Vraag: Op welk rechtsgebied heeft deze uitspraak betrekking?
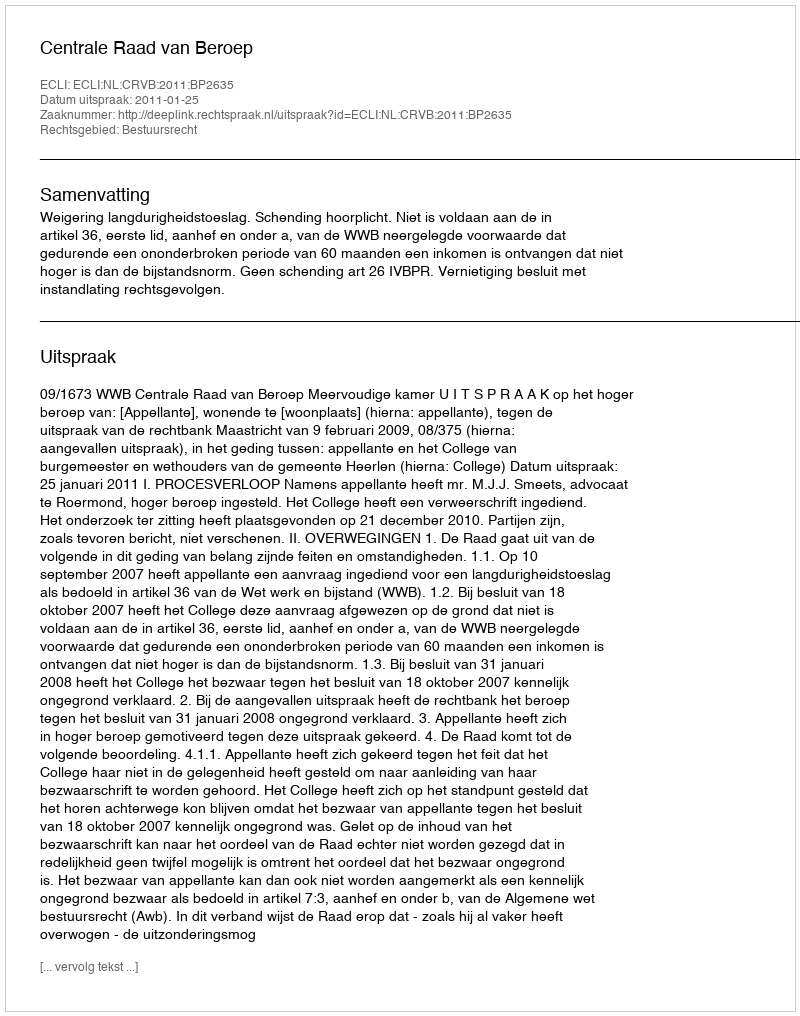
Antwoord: Bestuursrecht